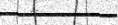
١٤